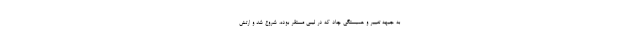
به جبهه تغییر و همبستگی چاد که در لیبی مستقر بوده، شروع شد و ارتش